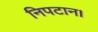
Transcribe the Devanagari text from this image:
निपटान।